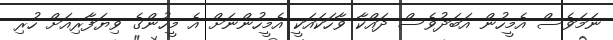
ނަމަވެސް އެމީހުން އަބަދުވެސް ދައްކާ ވާހަކައަކީ އެމީހުންނަށް އެ މީހުންގެ ވިޔަފާރިއަށް ހުރި